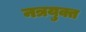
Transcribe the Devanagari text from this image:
नत्रयुक्त